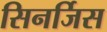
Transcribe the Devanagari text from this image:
सिनर्जिस